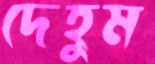
দেহুম